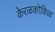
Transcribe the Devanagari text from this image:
केरळकोकिळ